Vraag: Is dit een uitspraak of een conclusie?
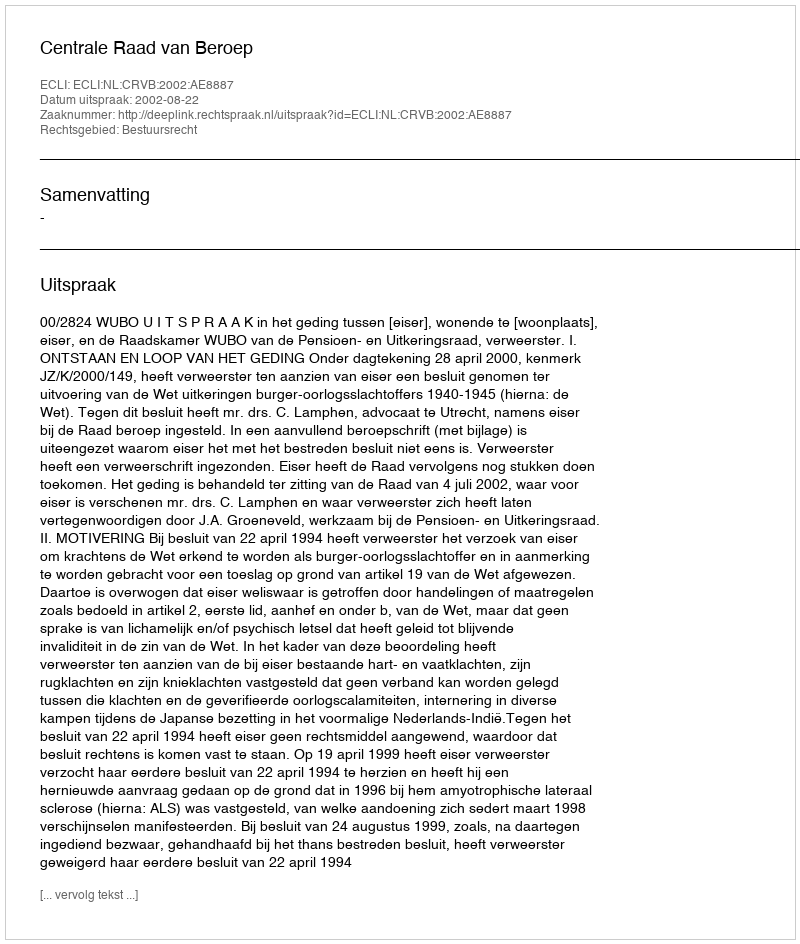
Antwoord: Uitspraak